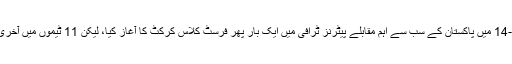
[3] اور 2013-14 میں پاکستان کے سب سے اہم مقابلے پیٹرنز ٹرافی میں ایک بار پھر فرسٹ کلاس کرکٹ کا آغاز کیا، لیکن 11 ٹیموں میں آخری درجہ پر رہی۔